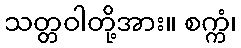
သတ္တဝါတို့အား။ စက္ကံ၊